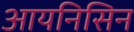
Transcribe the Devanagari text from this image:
आयनिसिन